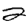
Digit: 2